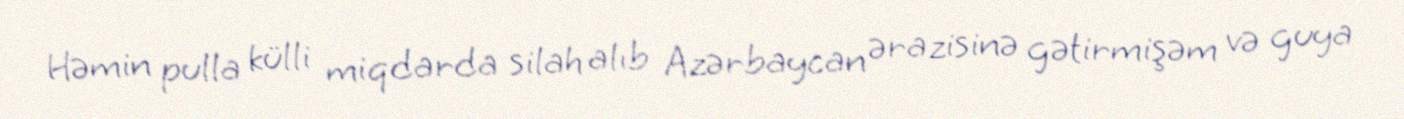
Həmin pulla külli miqdarda silah alıb Azərbaycan ərazisinə gətirmişəm və guya